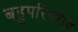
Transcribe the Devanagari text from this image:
बहुपरिसरीय